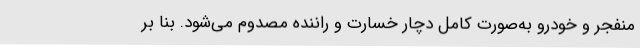
منفجر و خودرو به‌صورت کامل دچار خسارت و راننده مصدوم می‌شود. بنا بر